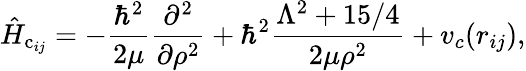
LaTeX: \hat{H}_{\mathrm{c}_{ij}}=-\frac{\hbar^{2}}{2\mu}\frac{\partial^{2}}{\partial\rho^{2}}+\hbar^{2}\frac{\Lambda^{2}+15/4}{2\mu\rho^{2}}+v_{c}(r_{ij}),